Protection of India from yellow fever
Disease focus: Fever
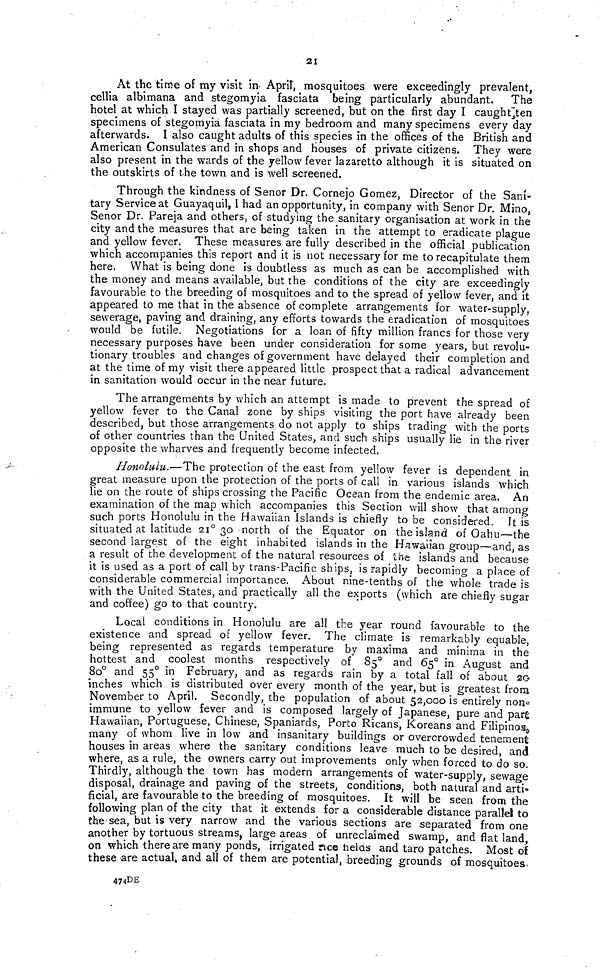
21
At the time of my visit in- April, mosquitoes were exceedingly prevalent,
cellia albimana and stegomyia fasciata being particularly abundant,
The
hotel at which I stayed was partially screened, but on the first day I caught¡ten
specimens of stegomyia fasciata in my bedroom and many specimens every day
afterwards. I also caught adults of this species in the offices of the British and
American Consulates and in shops and houses of private citizens. They were
also present in the wards of the yellow fever lazaretto although it is situated on
the outskirts of the town and is well screened.
Through the kindness of Señor Dr. Cornejo Gomez, Director of the Sani-
tary Service at Guayaquil, 1 had an opportunity, in company with Señor Dr. Mino,
Señor Dr. Pareja and others, of studying the sanitary organisation at work in the
city and the measures that are being taken in the attempt to eradicate plague
and yellow fever. These measures are fully described in the official publication
which accompanies this report and it is not necessary for me to recapitulate them
here. What is being done is doubtless as much as can be accomplished with
the money and means available, but the conditions of the city are exceedingly
favourable to the breeding of mosquitoes and to the spread of yellow fever, and it
appeared to me that in the absence of complete arrangements for water-supply,
sewerage, paving and draining, any efforts towards the eradication of mosquitoes
would be futile. Negotiations for a loan of fifty million francs for those very
necessary purposes have been under consideration for some years, but revolu-
tionary troubles and changes of government have delayed their completion and
at the time of my visit there appeared little prospect that a radical advancement
in sanitation would occur in the near future.
The arrangements by which an attempt is made to prevent the spread of
yellow fever to the Canal zone by ships visiting the port have already been
described, but those arrangements do not apply to ships trading with the ports
of other countries than the United States, and such ships usually lie in the river
opposite the wharves and frequently become infected.
Honolulu.—The protection of the east from yellow fever is dependent in
great measure upon the protection of the ports of call in various islands which
lie on the route of ships crossing the Pacific Ocean from the endemic area. An
examination of the map which accompanies this Section will show that among
such ports Honolulu in the Hawaiian islands is chiefly to be considered. It is
situated at latitude 21° 30 north of the Equator on the island of Oahu—the
second largest of the eight inhabited islands in the Hawaiian group—and, as
a result of the development of the natural resources oí the islands and because
it is used as a port of call by trans-Pacific ships, is rapidly becoming a place of
considerable commercial importance. About nine-tenths of the whole trade is
with the United States, and practically all the exports (which are chiefly sugar
and coffee) go to that country.
Local conditions in Honolulu are all the year round favourable to the
existence and spread of yellow fever. The climate is remarkably equable,
being represented as regards temperature by maxima and minima in the
hottest and coolest months respectively of 85° and 65° in August and
80° and 55° in February, and as regards rain by a total fall of about 20
inches which is distributed over every month of the year, but is greatest from
November to April. Secondly, the population of about 52,000 is entirely non
immune to yellow fever and is composed largely of Japanese, pure and par
Hawaiian, Portuguese, Chinese, Spaniards, Porto Ricans, Koreans and Filipinos,
many of whom live in low and insanitary buildings or overcrowded tenement:
houses in areas where the sanitary conditions leave much to be desired, and
where, as a rule, the owners carry out improvements only when forced to do so.
Thirdly, although the town has modern arrangements of water-supply, sewage
disposal, drainage and paving of the streets, conditions, both natural and arti-
ficial, are favourable to the breeding of mosquitoes. It will be seen from the
following plan of the city that it extends for a considerable distance parallel to
the-sea, but is very narrow and the various sections are separated from one
another by tortuous streams, large areas of unreclaimed swamp, and flat land,
on which there are many ponds, irrigated rice fíelas and taro patches. Most of
these are actual, and all of them are potential, breeding grounds of mosquitoes,
474DE